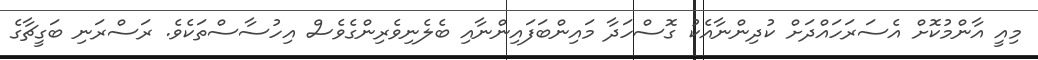
މިއީ އާންމުކޮށް އެސަރަހައްދަށް ކުދިންނާއެކު ގޮސްހަދާ މައިންބަފައިންނާއި ބެލެނިވެރިންގެވެސް އިހުސާސްތަކެވެ. ރަސްރަނި ބަގީޗާގެ